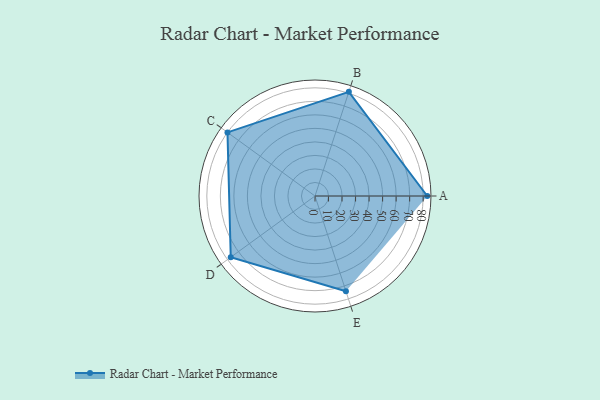
{"axis": {"x": "Skill", "y": "Score"}, "legend": ["Profile"], "data": [{"x": "A", "y": 83.0, "type": "Profile"}, {"x": "B", "y": 81.0, "type": "Profile"}, {"x": "C", "y": 80.0, "type": "Profile"}, {"x": "D", "y": 77.0, "type": "Profile"}, {"x": "E", "y": 74.0, "type": "Profile"}]}